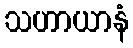
သဟာယာနံ